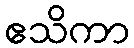
ဧသိကာ